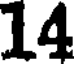
14